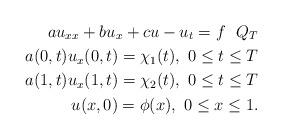
LaTeX: \begin{align*} a u_{xx} + b u_{x} + c u - u_{t}=f~~Q_{T} \\ a(0,t)u_{x}(0,t)=\chi_{1}(t),~0 \leq t \leq T \\ a(1,t) u_{x}(1,t) = \chi_{2}(t),~0 \leq t \leq T \\ u(x,0)=\phi(x),~0 \leq x \leq 1.\end{align*}